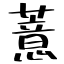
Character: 薏